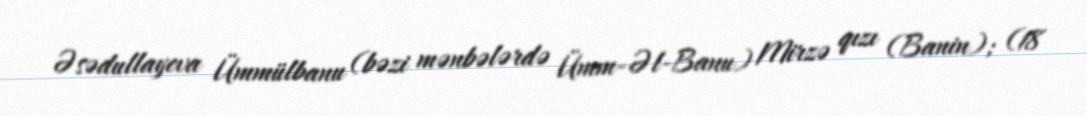
Əsədullayeva Ümmülbanu (bəzi mənbələrdə Ümm-Əl-Banu) Mirzə qızı (Banin); (18